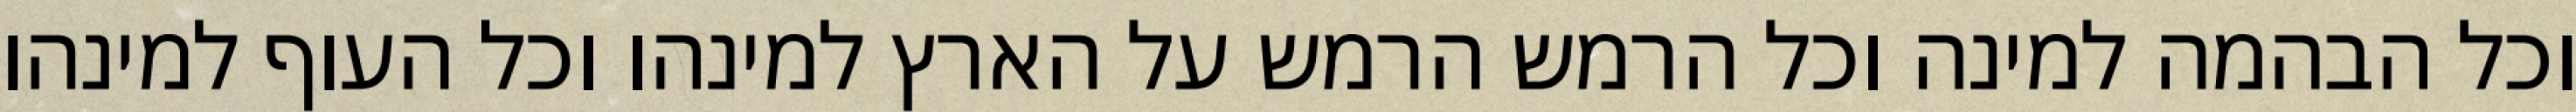
וכל הבהמה למינה וכל הרמש הרמש על הארץ למינהו וכל העוף למינהו